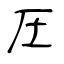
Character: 圧